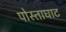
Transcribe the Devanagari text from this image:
पोस्ताघाट